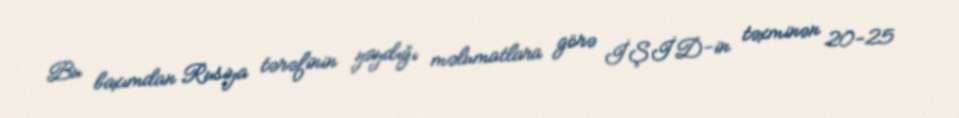
Bu baxımdan Rusiya tərəfinin yaydığı məlumatlara görə İŞİD-in təxminən 20-25